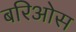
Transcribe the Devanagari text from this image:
बरिओस